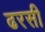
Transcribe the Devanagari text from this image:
ढरसी